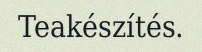
Teakészítés.